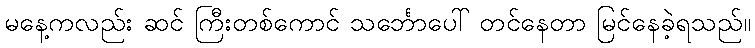
မနေ့ကလည်း ဆင် ကြီးတစ်ကောင် သင်္ဘောပေါ် တင်နေတာ မြင်နေခဲ့ရသည်။